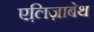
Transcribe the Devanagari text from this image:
एलि़ज़ाबेथ